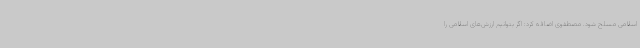
اسلامی مسلح شود. مصطفوی اضافه کرد: اگر بتوانیم ارزش‌های اسلامی را